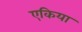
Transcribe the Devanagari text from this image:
एकिया